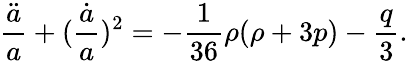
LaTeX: \frac{\ddot{a}}{a}+(\frac{\dot{a}}{a})^{2}=-\frac{1}{36}\rho(\rho+3p)-\frac{q}{3}.